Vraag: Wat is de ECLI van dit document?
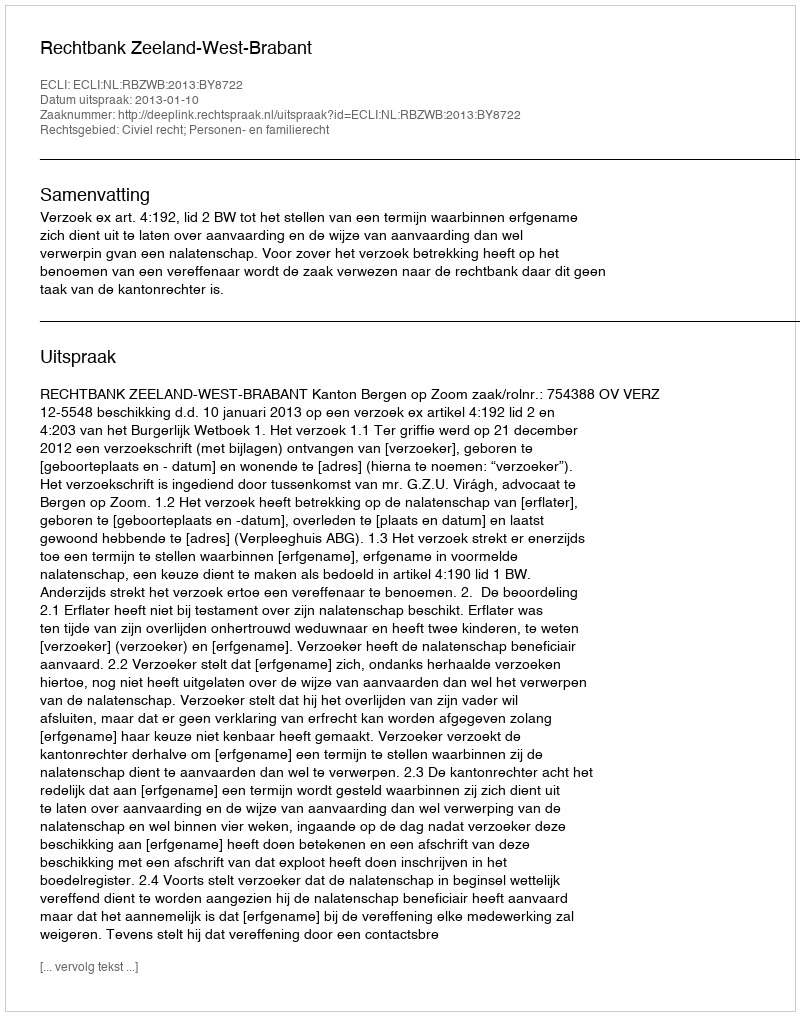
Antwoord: ECLI:NL:RBZWB:2013:BY8722